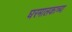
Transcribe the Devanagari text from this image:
घरमालकाच्या